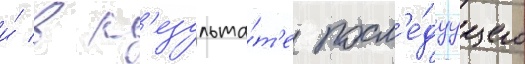
и́ в р'езульта́т'е посл'е́дуущего